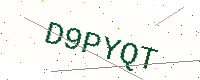
Text: D9PYQT